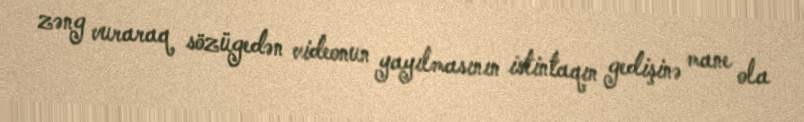
zəng vuraraq sözügedən videonun yayılmasının istintaqın gedişinə mane ola